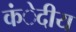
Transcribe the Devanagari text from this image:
कंेदीय